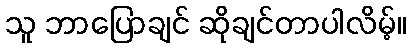
သူ ဘာပြောချင် ဆိုချင်တာပါလိမ့်။